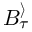
B _ { \tau } ^ { \rangle }